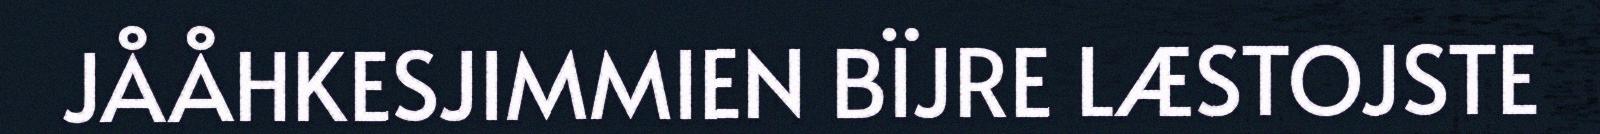
JÅÅHKESJIMMIEN BÏJRE LÆSTOJSTE